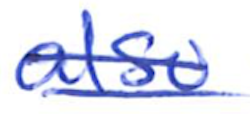
Text: also
Cross-out: mix
Writing tool: ballpoint